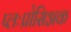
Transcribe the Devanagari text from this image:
प्लःप्रोसिअक